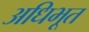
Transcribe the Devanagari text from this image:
अधिभूत